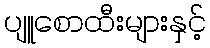
ပျူစောထီးများနှင့်